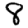
Digit: 8